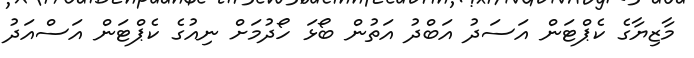
މާޒިޔާގެ ކެޕްޓަން އަަސަދު އަބްދު އަތުން ބޯޅަ ހޯދުމަށް ނިއުގެ ކެޕްޓަން އަސްއަދު